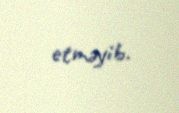
etməyib.